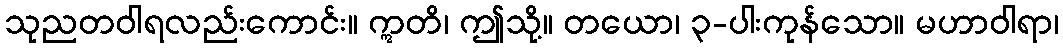
သုညတဝါရလည်းကောင်း။ ဣတိ၊ ဤသို့။ တယော၊ ၃-ပါးကုန်သော။ မဟာဝါရာ၊